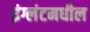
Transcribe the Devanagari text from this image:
इंग्लंटमधील